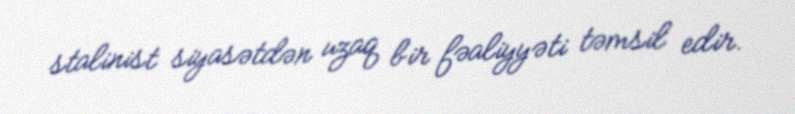
stalinist siyasətdən uzaq bir fəaliyyəti təmsil edir.